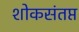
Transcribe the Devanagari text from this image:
शोकसंतप्त